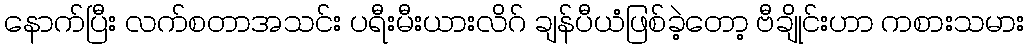
နောက်ပြီး လက်စတာအသင်း ပရီးမီးယားလိဂ် ချန်ပီယံဖြစ်ခဲ့တော့ ဗီချိုင်းဟာ ကစားသမား